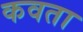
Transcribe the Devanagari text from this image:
कवता